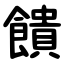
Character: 饋